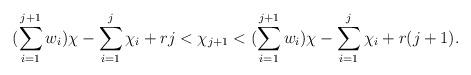
LaTeX: \begin{align*} (\sum\limits_{i=1}^{j+1}w_i)\chi - \sum\limits_{i=1}^{j}\chi_i + rj < \chi_{j+1} < (\sum\limits_{i=1}^{j+1}w_i)\chi - \sum\limits_{i=1}^{j}\chi_i + r(j+1). \end{align*}